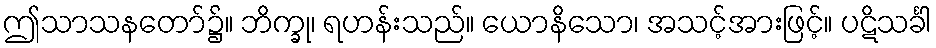
ဤသာသနတော်၌။ ဘိက္ခု၊ ရဟန်းသည်။ ယောနိသော၊ အသင့်အားဖြင့်။ ပဋိသင်္ခါ